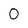
Character: O